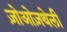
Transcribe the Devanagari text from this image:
ज़ोओज़थेली